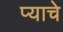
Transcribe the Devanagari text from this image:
प्याचे